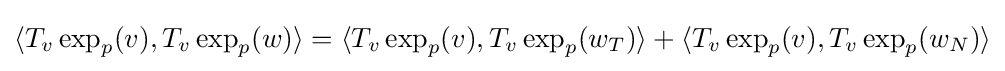
\langle T_{v}\exp _{p}(v),T_{v}\exp _{p}(w)\rangle =\langle T_{v}\exp _{p}(v),T_{v}\exp _{p}(w_{T})\rangle +\langle T_{v}\exp _{p}(v),T_{v}\exp _{p}(w_{N})\rangle